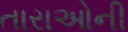
તારાઓની